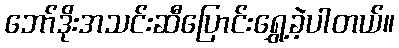
ဘော်ဒိုးအသင်းဆီပြောင်းရွှေ့ခဲ့ပါတယ်။